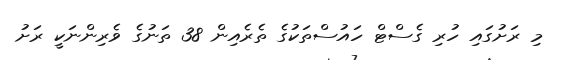
މި ރަށުގައި ހުރި ގެސްޓް ހައުސްތަކުގެ ތެރެއިން 38 ތަނުގެ ވެރިންނަކީ ރަށު